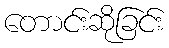
တောင်းဆိုခြင်း